Scientific memoirs by medical officers of the Army of India - Part VIII,
Year: 1894
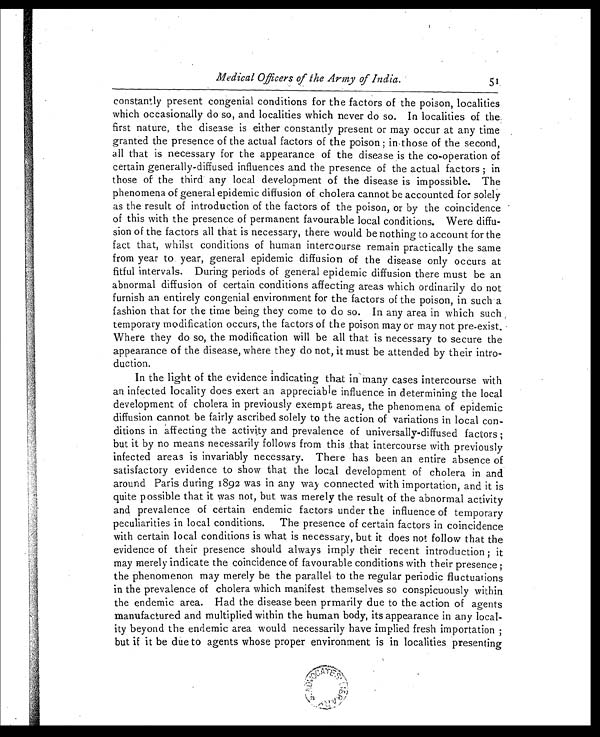
Medical Officers of the Army of India.
51.
constantly present congenial conditions for the factors of the poison, localities
which occasionally do so, and localities which never do so. In localities of the.
first nature, the disease is either constantly present or may occur at any time
granted the presence of the actual factors of the poison ; in those of the second,
all that is necessary for the appearance of the disease is the co-operation of
certain generally-diffused influences and the presence of the actual factors ; in
those of the third any local development of the disease is impossible. The
phenomena of general epidemic diffusion of cholera cannot be accounted for solely
as the result of introduction of the factors of the poison, or by the coincidence
of this with the presence of permanent favourable local conditions. Were diffu-
sion of the factors all that is necessary, there would be nothing to account for the
fact that, whilst conditions of human intercourse remain practically the same
from year to year, general epidemic diffusion of the disease only occurs at
fitful intervals. During periods of general epidemic diffusion there must be an
abnormal diffusion of certain conditions affecting areas which ordinarily do not
furnish an entirely congenial environment for the factors of the poison, in such a
fashion that for the time being they come to do so. In any area in which such
temporary modification occurs, the factors of the poison may or may not pre-exist,
Where they do so, the modification will be all that is necessary to secure the
appearance of the disease, where they do not, it must be attended by their intro-
duction.
In the light of the evidence indicating that in many cases intercourse with
an infected locality does exert an appreciable influence in determining the local
development of cholera in previously exempt areas, the phenomena of epidemic
diffusion cannot be fairly ascribed solely to the action of variations in local con-
ditions in affecting the activity and prevalence of universally-diffused factors ;
but it by no means necessarily follows from this that intercourse with previously
infected areas is invariably necessary. There has been an entire absence of
satisfactory evidence to show that the local development of cholera in and
around Paris during 1892 was in any way connected with importation, and it is
quite possible that it was not, but was merely the result of the abnormal activity
and prevalence of certain endemic factors under the influence of temporary
peculiarities in local conditions. The presence of certain factors in coincidence
with certain local conditions is what is necessary, but it does not follow that the
evidence of their presence should always imply their recent introduction ; it
may merely indicate the coincidence of favourable conditions with their presence ;
the phenomenon may merely be the parallel to the regular periodic fluctuations
in the prevalence of cholera which manifest themselves so conspicuously within
the endemic area. Had the disease been prmarily due to the action of agents
manufactured and multiplied within the human body, its appearance in any local-
ity beyond the endemic area would necessarily have implied fresh importation ;
but if it be due to agents whose proper environment is in localities presenting